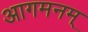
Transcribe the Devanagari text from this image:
आगमनम्